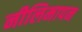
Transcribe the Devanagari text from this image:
नीलिमापन